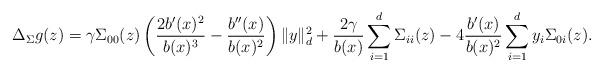
LaTeX: \begin{align*} \Delta_{\Sigma} g(z) = \gamma \Sigma_{00} (z) \left( \frac{2b'(x)^2}{b(x)^3} - \frac{b''(x)}{b(x)^2} \right) \| y \|^2_d + \frac{2\gamma}{b(x)} \sum_{i=1}^d \Sigma_{ii} (z) - 4\frac{b'(x)}{b(x)^2} \sum_{i=1}^d y_i \Sigma_{0i} (z).\end{align*}